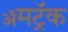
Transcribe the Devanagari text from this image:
ॲमट्रॅक